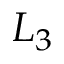
L _ { 3 }